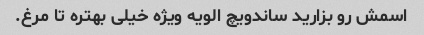
اسمش رو بزارید ساندویچ الویه ویژه خیلی بهتره تا مرغ.